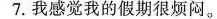
7.我感觉我的假期很烦闷。